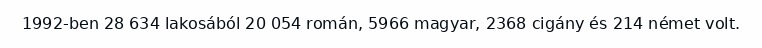
1992-ben 28 634 lakosából 20 054 román, 5966 magyar, 2368 cigány és 214 német volt.